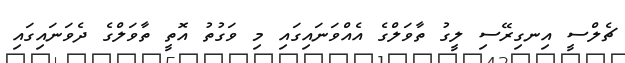
ޗެލްސީ އިނގިރޭސި ލީގު ތާވަލްގެ އެއްވަނައިގައި މި ވަގުުތު އޮތީ ތާވަލްގެ ދެވަނައިގައި